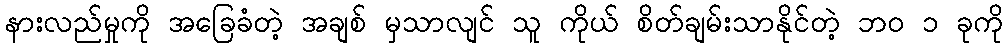
နားလည်မှုကို အခြေခံတဲ့ အချစ် မှသာလျင် သူ ကိုယ် စိတ်ချမ်းသာနိုင်တဲ့ ဘဝ ၁ ခုကို